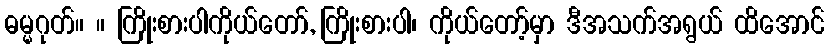
ဓမ္မဂုတ်။ ။ ကြိုးစားပါကိုယ်တော်, ကြိုးစားပါ၊ ကိုယ်တော့်မှာ ဒီအသက်အရွယ် ထိအောင်